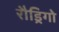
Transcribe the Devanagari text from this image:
रौड्रिगो